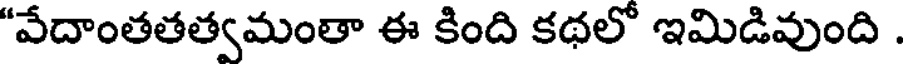
"వేదాంతతత్వమంతా ఈ కింది కథలో ఇమిడివుంది .